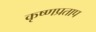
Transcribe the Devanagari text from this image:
कृष्णप्रताप